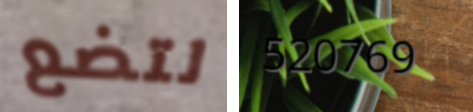
لتضع 520769